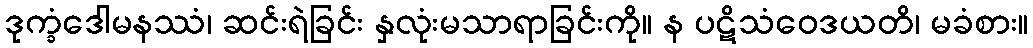
ဒုက္ခံဒေါမနဿံ၊ ဆင်းရဲခြင်း နှလုံးမသာရာခြင်းကို။ န ပဋိသံဝေဒယတိ၊ မခံစား။